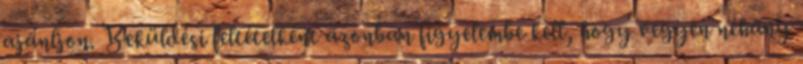
ajánljon. Beküldési feltételként azonban figyelembe kell, hogy vegyen néhány